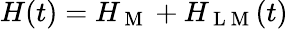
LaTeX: H(t)=H_{\mathrm{~M~}}+H_{\mathrm{~L~M~}}(t)